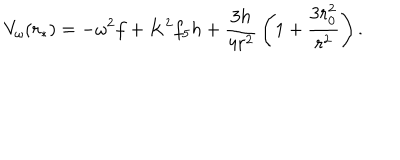
LaTeX: V _ { \omega } ( r _ { * } ) = - \omega ^ { 2 } f + K ^ { 2 } f _ { 5 } h + { \frac { 3 h } { 4 r ^ { 2 } } } \left( 1 + { \frac { 3 r _ { 0 } ^ { 2 } } { r ^ { 2 } } } \right) .